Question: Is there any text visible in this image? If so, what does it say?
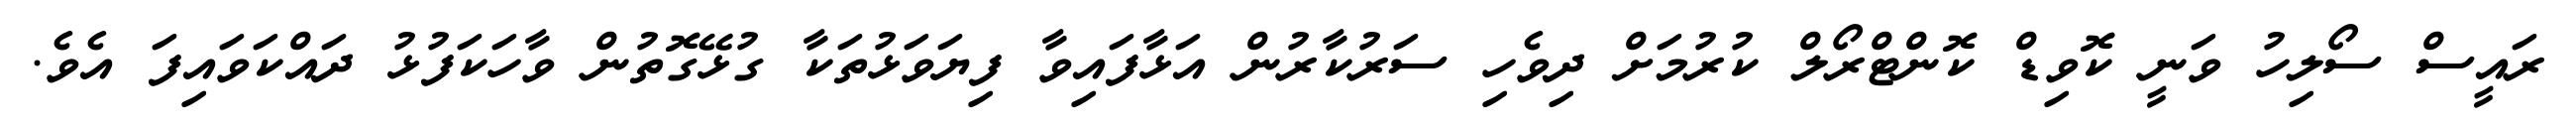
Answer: ރައީސް ސޯލިހު ވަނީ ކޮވިޑް ކޮންޓްރޯލް ކުރުމަށް ދިވެހި ސަރުކާރުން އަޅާފައިވާ ފިޔަވަޅުތަކާ ގުޅޭގޮތުން ވާހަކަފުޅު ދައްކަވައިފަ އެވެ.